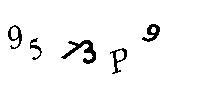
9573P9